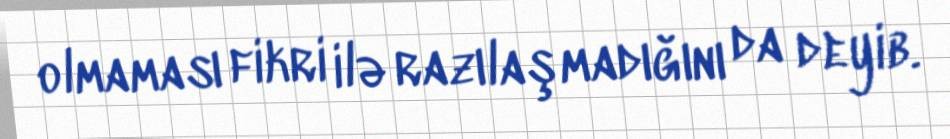
olmaması fikri ilə razılaşmadığını da deyib.